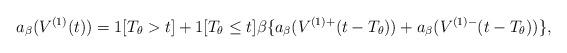
LaTeX: \begin{align*}a_\beta(V^{(1)}(t)) = 1[T_\theta > t] + 1[T_\theta\le t]\beta\{a_\beta(V^{(1)+}(t-T_\theta)) + a_\beta(V^{(1)-}(t-T_\theta))\},\end{align*}